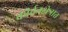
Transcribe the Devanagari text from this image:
कीर्तनक्षेत्रात